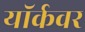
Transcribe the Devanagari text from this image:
यॉर्कवर